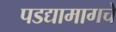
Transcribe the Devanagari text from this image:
पडद्यामागचे